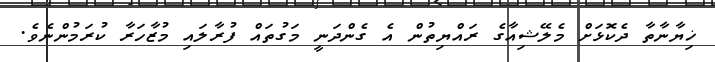
ޚިޔާނާތާ ދެކޮޅަށް މެލޭޝިއާގެ ރައްޔިތުން އެ ގެންދަނީ މަގުތައް ފުރާލައި މުޒާހަރާ ކުރަމުންނެވެ.